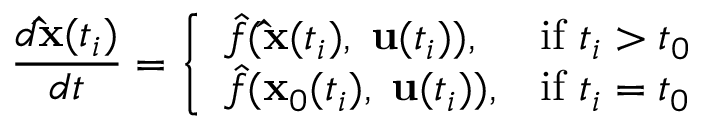
\frac { d \mathbf { \hat { x } } ( t _ { i } ) } { d t } = \left\{ \begin{array} { l l } { \hat { f } ( \mathbf { \hat { x } } ( t _ { i } ) , \; \mathbf { u } ( t _ { i } ) ) , } & { \mathrm { i f ~ } t _ { i } > t _ { 0 } } \\ { \hat { f } ( \mathbf { x } _ { 0 } ( t _ { i } ) , \; \mathbf { u } ( t _ { i } ) ) , } & { \mathrm { i f ~ } t _ { i } = t _ { 0 } } \end{array} \right.